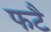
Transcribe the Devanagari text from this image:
फटै